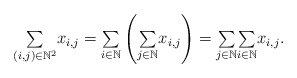
\begin{align*}{\textstyle\sum\limits_{\left( i,j\right) \in\mathbb{N}^{2}}}x_{i,j}={\textstyle\sum\limits_{i\in\mathbb{N}}}\left({\textstyle\sum\limits_{j\in\mathbb{N}}}x_{i,j}\right) ={\textstyle\sum\limits_{j\in\mathbb{N}}}{\textstyle\sum\limits_{i\in\mathbb{N}}}x_{i,j}. \end{align*}